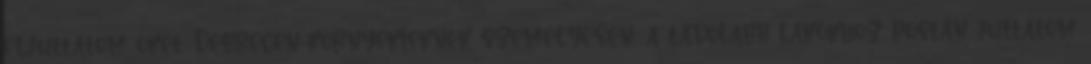
eljuttatom őket. Debrecen-környékieknek személyesen, a távolabb lakókhoz postán juttatom